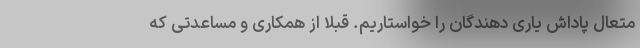
متعال پاداش یاری دهندگان را خواستاریم. قبلا از همکاری و مساعدتی که